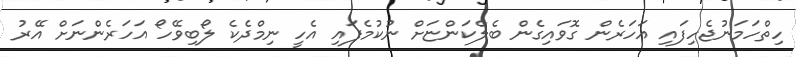
ހިތްހަމަނުޖެހިފައި އަހަރެން ގޮވައިގެން ބެލްކަންޏަށް ނުކުމެފައި އެހީ ނިމްދެކެ ލޯބިވޭހޯ އަހަރެންނަށް އޭރު